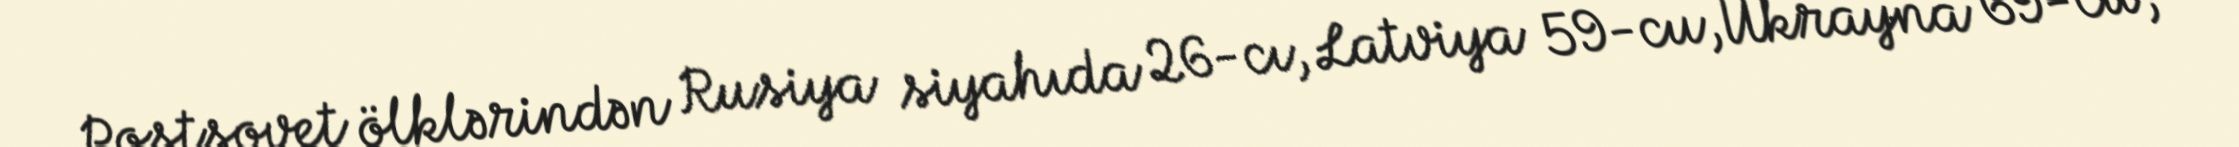
Postsovet ölklərindən Rusiya siyahıda 26-cı, Latviya 59-cu, Ukrayna 69-cu,